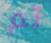
تم